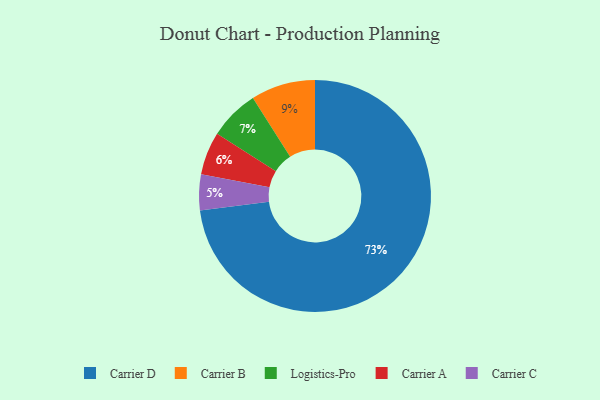
{"axis": {"x": "Category", "y": "Percentage"}, "legend": ["Carrier A", "Carrier B", "Carrier C", "Carrier D", "Logistics-Pro"], "data": [{"x": "Logistics-Pro", "y": 7, "type": "Logistics-Pro"}, {"x": "Carrier B", "y": 9, "type": "Carrier B"}, {"x": "Carrier D", "y": 73, "type": "Carrier D"}, {"x": "Carrier A", "y": 6, "type": "Carrier A"}, {"x": "Carrier C", "y": 5, "type": "Carrier C"}]}